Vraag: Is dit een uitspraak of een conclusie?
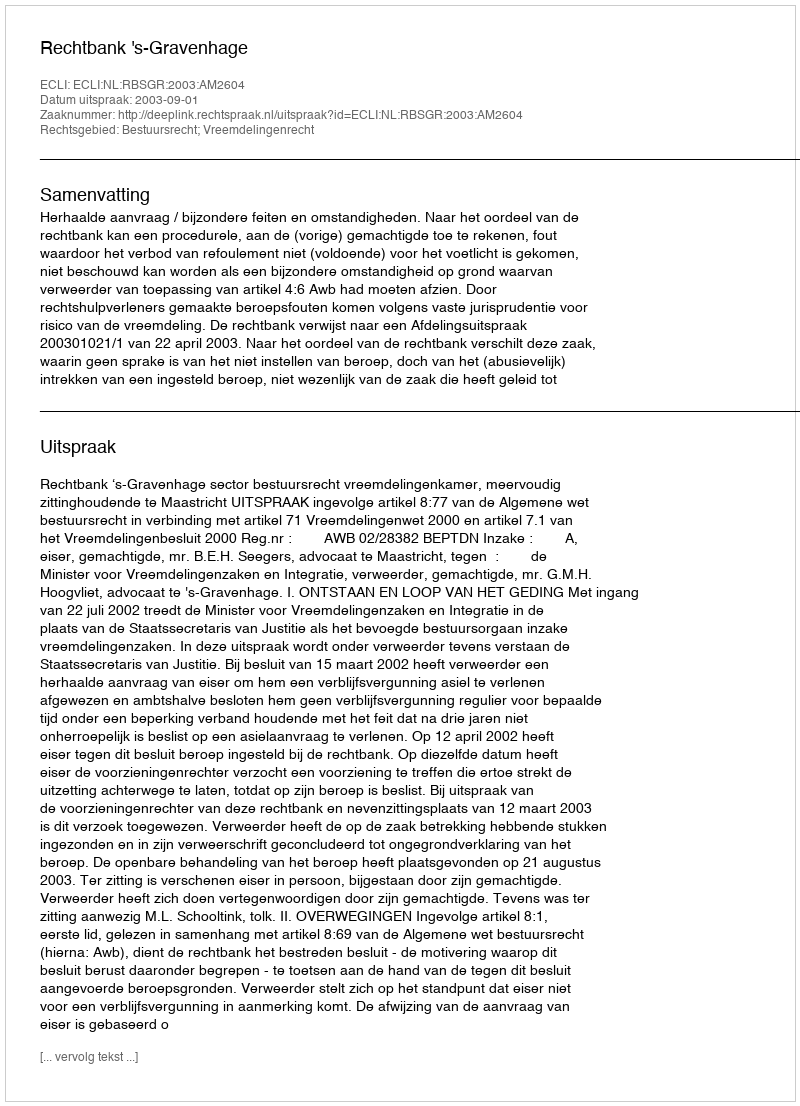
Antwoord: Uitspraak